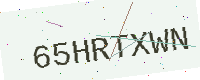
Text: 65HRTXWN